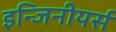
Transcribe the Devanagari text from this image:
इन्जिनीयर्स